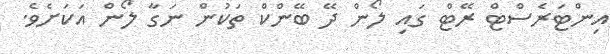
އިންޓަރެސްޓް ރޭޓް ގައި ލޯން ދޭ ބޭންކް ތަކުން ނަގާ ލޯން އަކަަށެވެ.